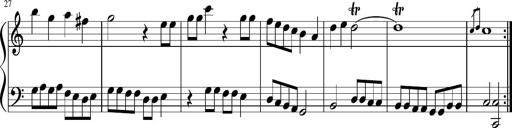
Title: Sonatine Nr.1 in C-Dur
Composer: DÃ©sirÃ©e Manns
Key: C major